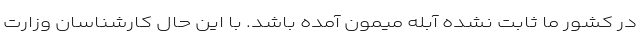
در کشور ما ثابت نشده آبله میمون آمده باشد. با این حال کارشناسان وزارت